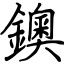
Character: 鐭